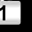
Digit: 1